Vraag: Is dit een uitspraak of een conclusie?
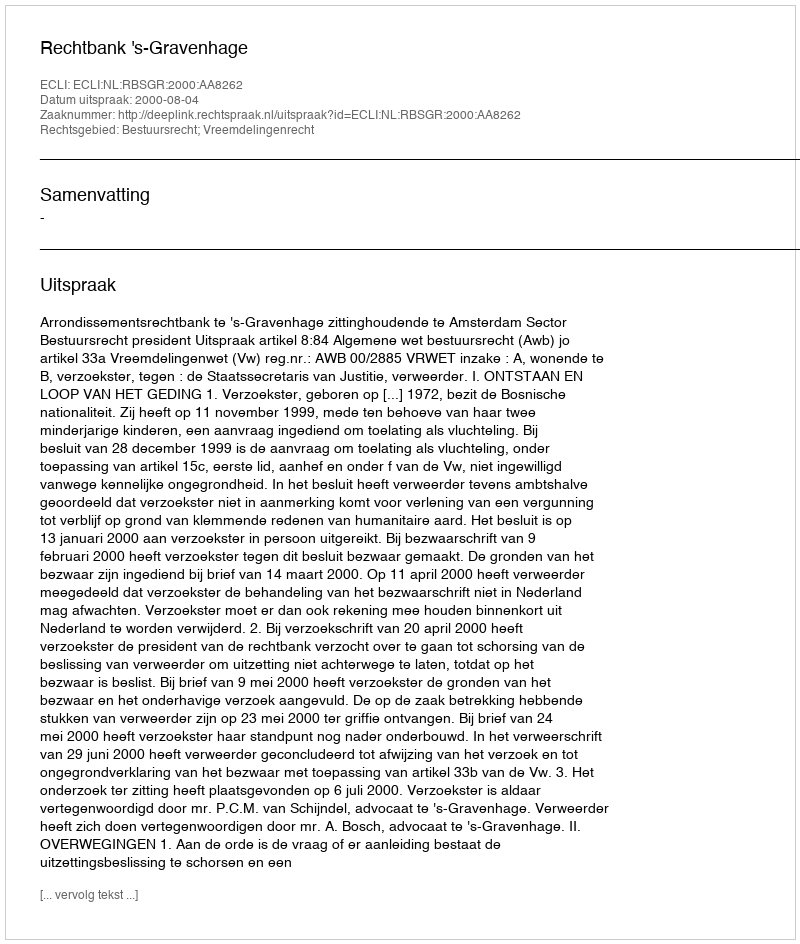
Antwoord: Uitspraak